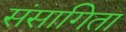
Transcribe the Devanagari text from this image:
संसागिता